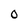
Character: 0